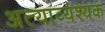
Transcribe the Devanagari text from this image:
अत्याव्यश्यक